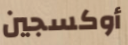
أوكسجين